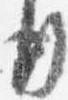
行